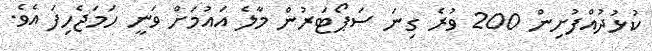
ކުޅުދުއްފުށިން 200 ވުރެ ގިނަ ސަޕޯޓަރުން މާލެ އައުމަށް ވަނީ ހަމަޖެހިފަ އެވެ.